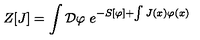
Z [ J ] = \int { \cal D } \varphi \ e ^ { - S [ \varphi ] + \int J ( x ) \varphi ( x ) }